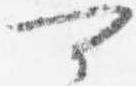
可